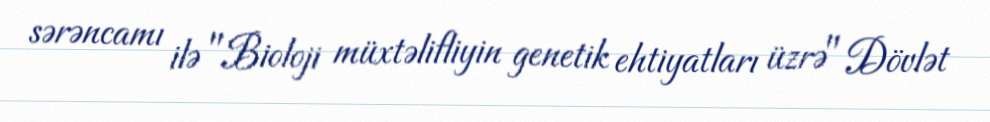
sərəncamı ilə "Bioloji müxtəlifliyin genetik ehtiyatları üzrə" Dövlət